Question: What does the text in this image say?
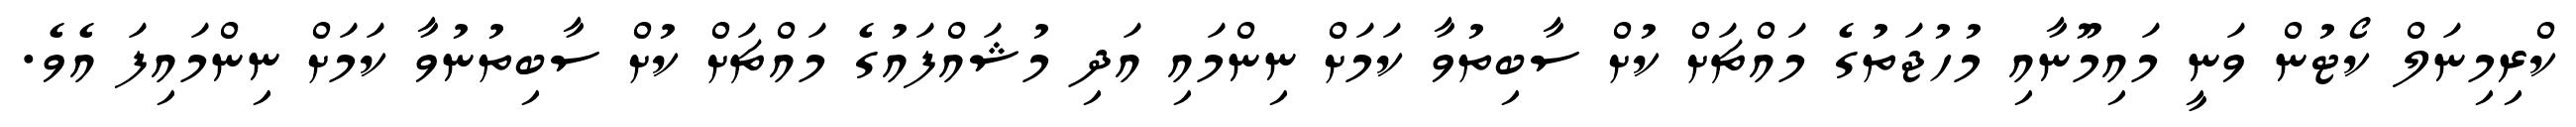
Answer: ކްރިމިނަލް ކޯޓުން ވަނީ މައިމޫނާއި މުހުޖަތުގެ މައްޗަށް ކުށް ސާބިތުވާ ކަމަށް ނިންމައި އަދި މުޝައްފައުގެ މައްޗަށް ކުށް ސާބިތުނުވާ ކަމަށް ނިންމައިފަ އެވެ.